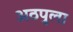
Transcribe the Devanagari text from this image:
अठपुला